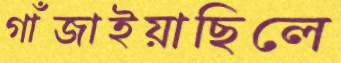
গাঁজাইয়াছিলে